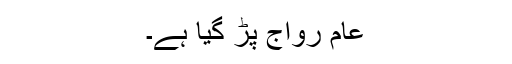
عام رواج پڑ گیا ہے۔